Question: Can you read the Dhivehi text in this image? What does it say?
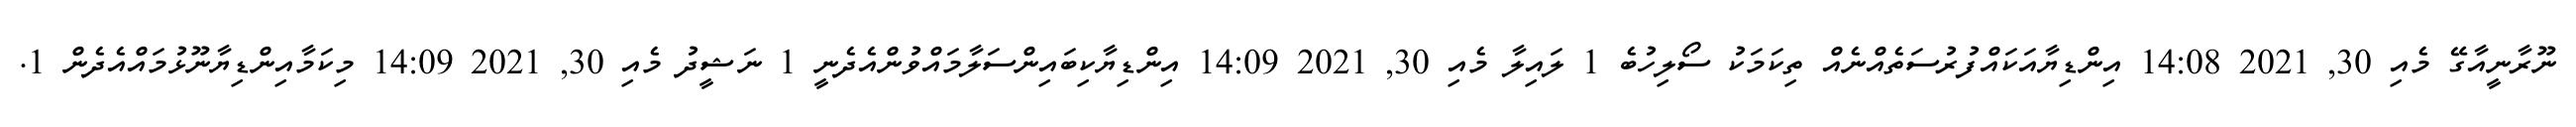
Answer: ނޫރާނީއާގޭ މެއި 30, 2021 14:08 އިންޑިޔާއަކައްފުރުސަތެއްނެއް ތިކަމަކު ސޯލިހުބެ 1 ލައިލާ މެއި 30, 2021 14:09 އިންޑިޔާކިބައިންސަލާމައްވުންއެދެނީ 1 ނަޝީދު މެއި 30, 2021 14:09 މިކަމާއިންޑިޔާނޫޅުމައްއެދެން 1.